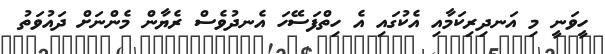
ހީވަނީ މި އަނދިރިކަމާއި އެކުގައި އެ ހިތްފަސޭހަ އެނދުވެސް ރެޔާން މެންނަށް ދައުވަތު